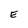
Character: E